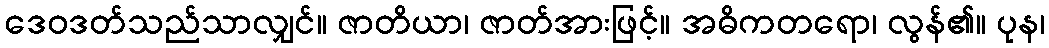
ဒေဝဒတ်သည်သာလျှင်။ ဇာတိယာ၊ ဇာတ်အားဖြင့်။ အဓိကတရော၊ လွန်၏။ ပုန၊